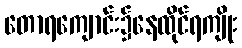
တောရကျောင်း၌နေထိုင်ရကျိုး